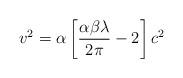
LaTeX: \begin{align*}v^2=\alpha\left[\frac{\alpha\beta \lambda }{2\pi}-2\right]c^2\end{align*}